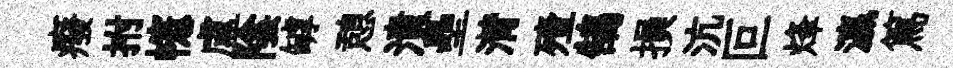
癈拊幰盧陰罅憩潰壘潸殪鵠損沆叵烽瀛篤